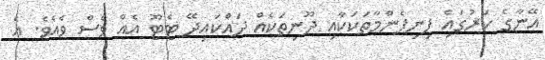
އޭނާގެ ކަރުގައިެ ފިނިފެންމާތަކަކާއި ދޫނިތަކެއް ދައްކައިދޭ ޓެޓޫ އެއް ވެސް ވެއެވެ. އެ